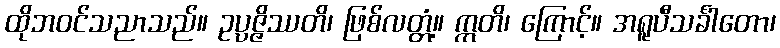
ထိုဘဝင်သညာသည်။ ဥပ္ပဇ္ဇိဿတိ၊ ဖြစ်လတ္တံ့။ ဣတိ၊ ကြောင့်။ အရူပီသင်္ခါတော၊